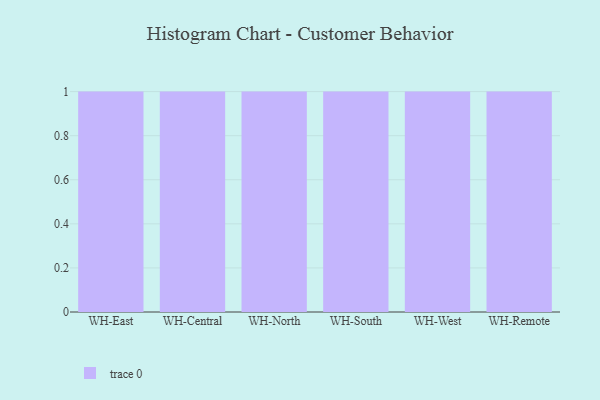
{"axis": {"x": "Warehouse", "y": "Bounce Rate (%)"}, "legend": [""], "data": [{"x": "WH-East", "y": 59, "type": ""}, {"x": "WH-Central", "y": 7, "type": ""}, {"x": "WH-North", "y": 59, "type": ""}, {"x": "WH-South", "y": 87, "type": ""}, {"x": "WH-West", "y": 83, "type": ""}, {"x": "WH-Remote", "y": 42, "type": ""}]}